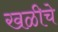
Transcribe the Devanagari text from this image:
खळीचे